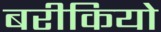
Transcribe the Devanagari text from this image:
बरीकियो